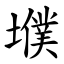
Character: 㙸